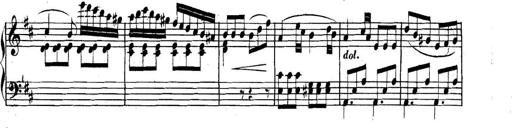
Title: Collected Piano Sonatas
Composer: Muzio Clementi